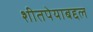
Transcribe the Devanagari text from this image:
शीतपेयाबद्दल